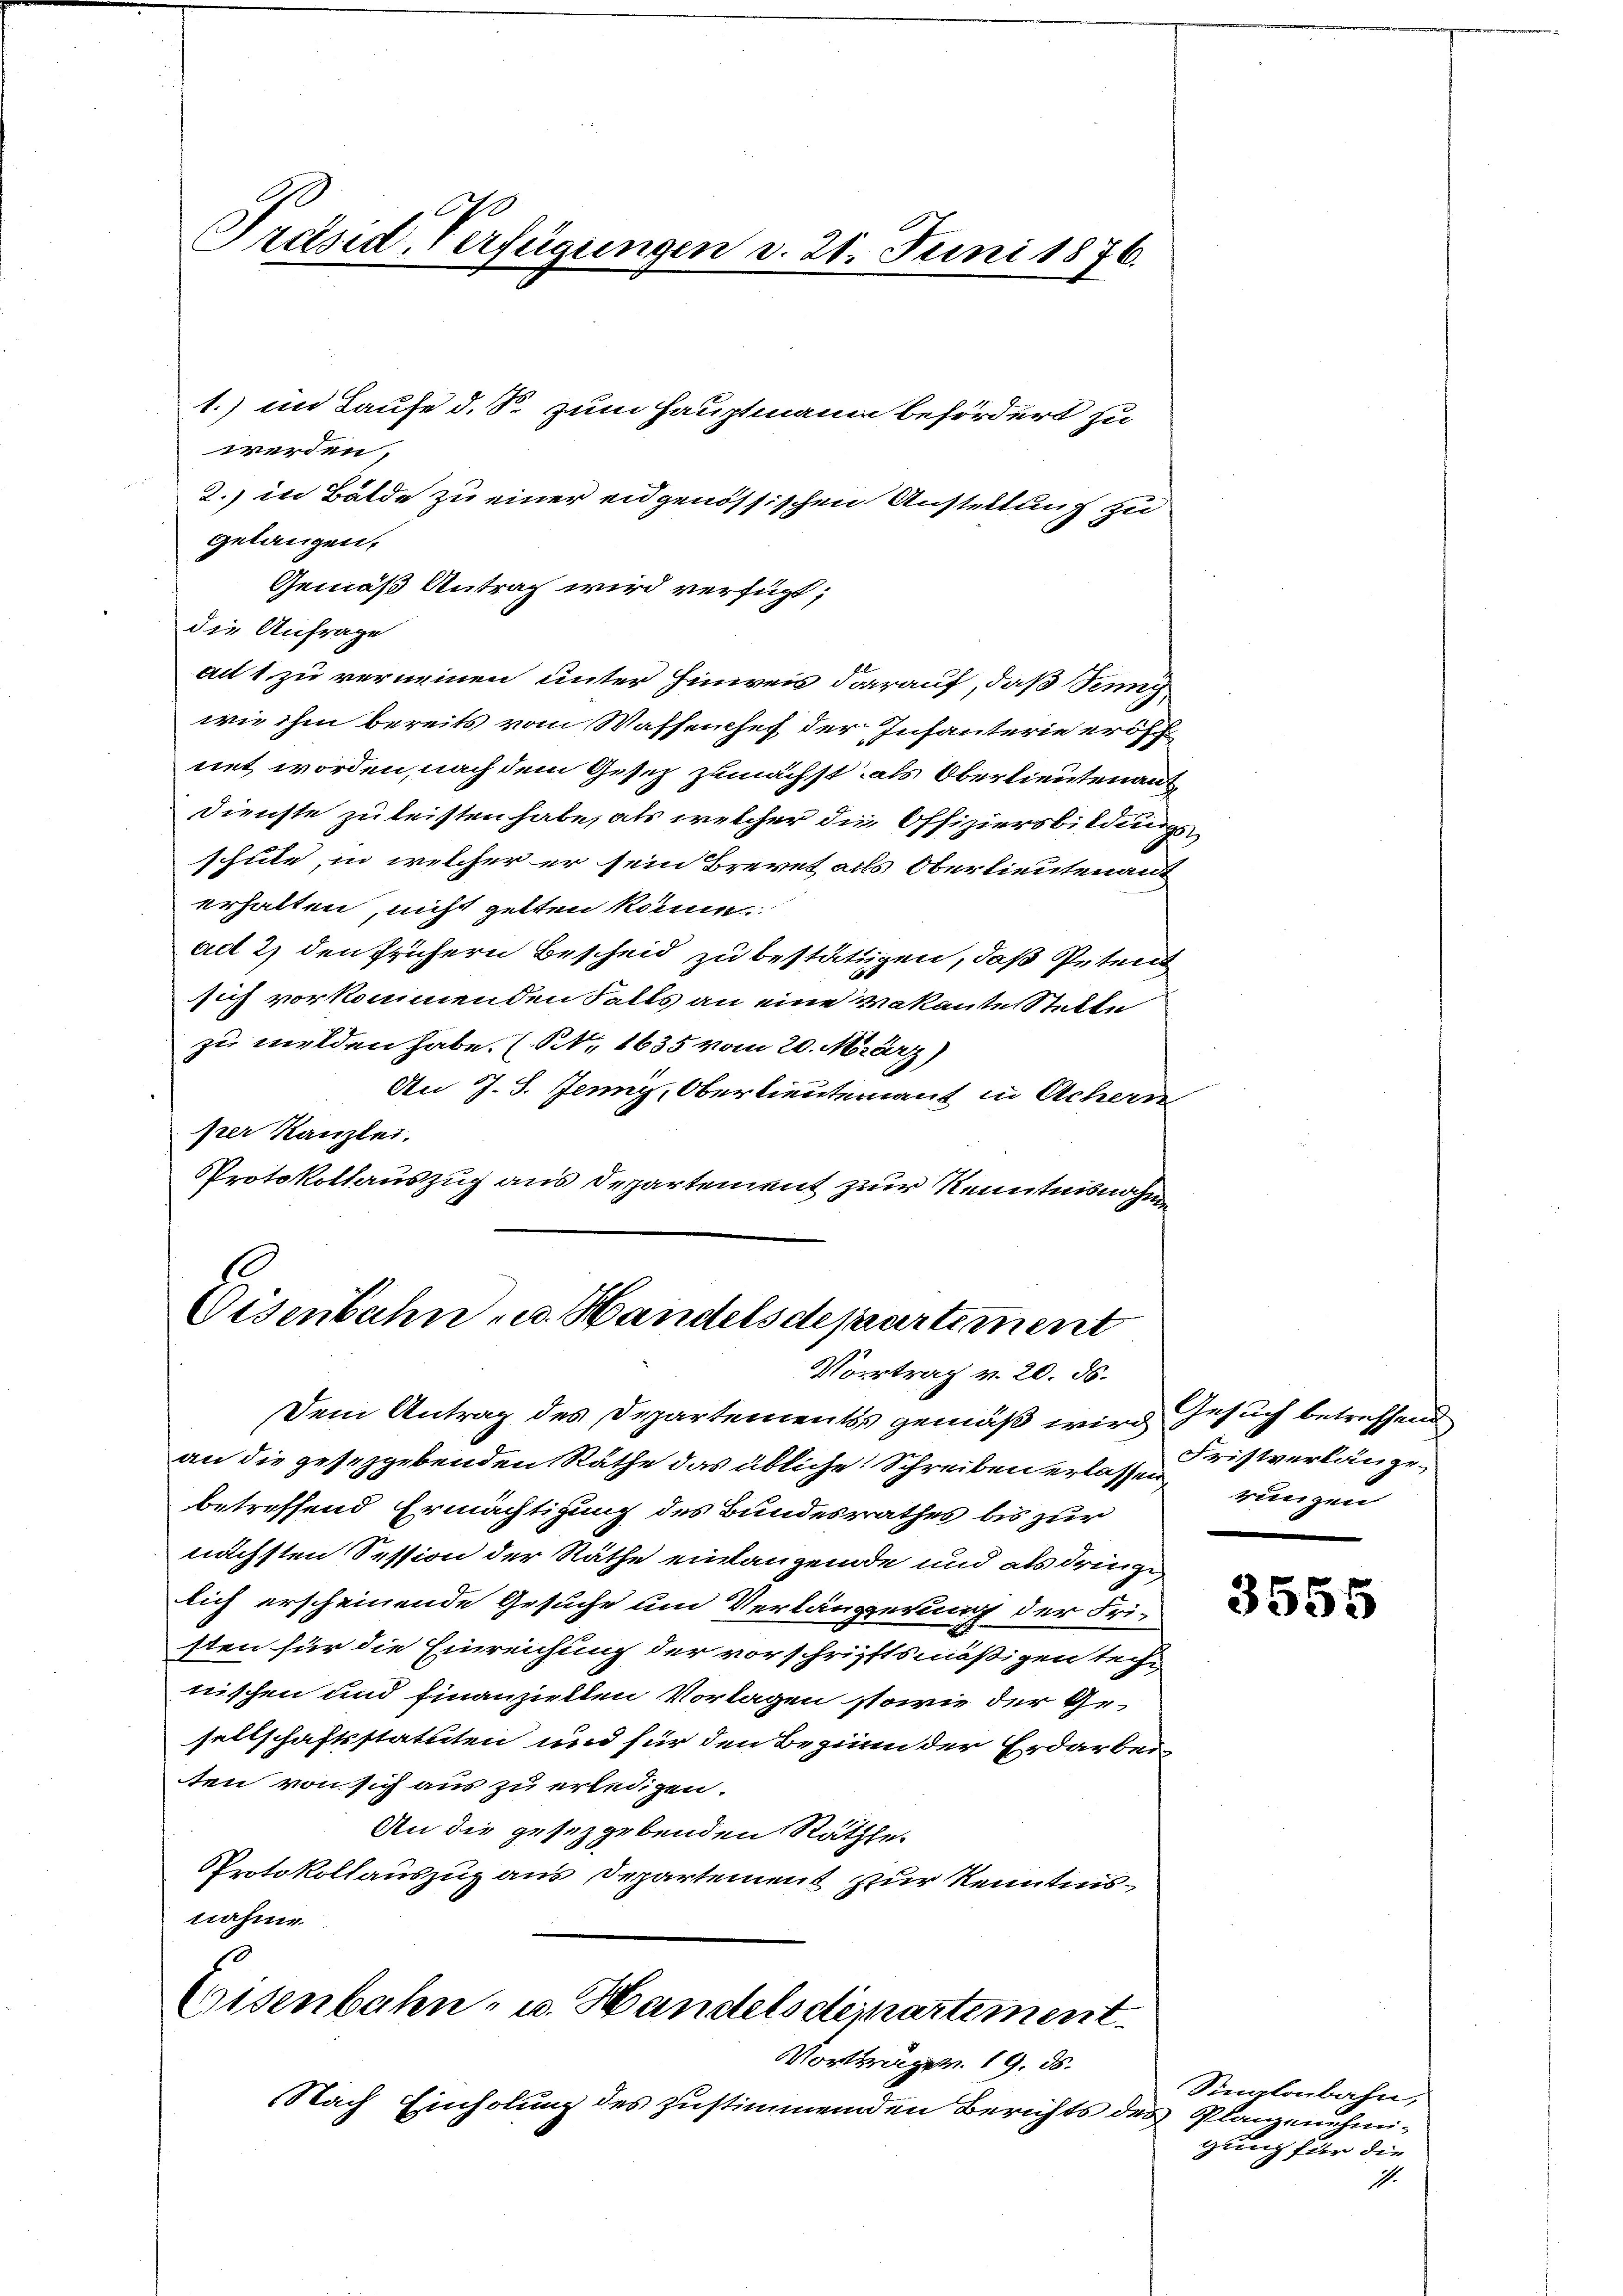
1.) im Laufe d. S. zum Hauptmann befördert zu
werden,
2.) in Bälde zu einer eidgenössischen Anstellung zu
gelangen.
Gemäß Antrag wird verfügt;
die Anfrage
au 1 zu verneinen unter Hinweis darauf, daß Senny
wie ihm bereits vom Wassenchef der Infanterie eröff
net worden, nach dem Gesetz zunächst als Oberlieutenant
Dienste zu leisten habe, als welcher die Offiziersbildungsschule, in welcher er sein Brevet alls Oberlieutenant
erhalten, nicht gelten könne.
ad 2) den frühern Bescheid zu bestättigen, daß Petent
sich vorkommenden Falls an eine vakante Stelle
zu melden habe. (Nr. 1635 vom 20. März)
An J. J. Jenny, Oberlieutenant in Achern
per Kanzlei.
Protokollauszug aus Departement zur Kenntnisnahm

670
Träsid. Verfügungen d. 21. Juni 1876.

10
Eisenbahn u. Handelsdepartement
Vortrag v. 20. ds.

Dem Antrag des Departements gemäß wird, Gesuch betreffend
an die gesetzgebenden Räthe das übliche Schreiben erlassen, rungen
betreffend Ermächtigung des Bundesrathes bis zur
nächsten Session der Räthe einlangende und als dringe
lich erscheinende Gesuche und Verlängerung der Fri-
sten für die Einreichung der vorschriftsmäßigen technischen und finanziellen Vorlagen sowie der Gesellschaftsstatuten und für den Beginn der Erdarbei
ten von sich aus zu erledigen.
An die gesetzgebenden Rathhe-
Protokollauszug aus Departement zur Kenntnisnahme
Eisenbahn- u. Handelsdepartement

Vortragen 19. ds.
Nach Einholung des zustimmenden Berichts des Plangenehmi¬

Fristverlänge.

3555

Singloubahn,
gung für die
I.